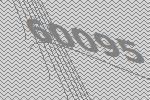
60095